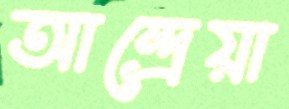
আন্দ্রেয়া